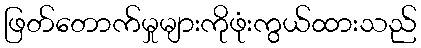
ဖြတ်တောက်မှုများကိုဖုံးကွယ်ထားသည်